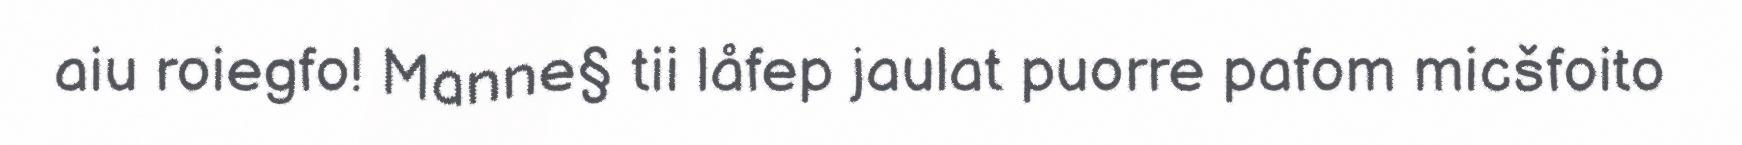
aiu roiegfo! Manne§ tii låfep jaulat puorre pafom micšfoito